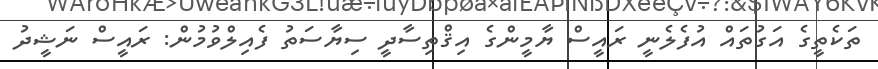
ތަކެތީގެ އަގުތައް އުފެލެނީ ރައީސް ޔާމީންގެ އިޤްތިސާދީ ސިޔާސަތު ފެއިލްވުމުން: ރައީސް ނަޝީދު